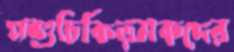
পশুচিকিত্সকদের